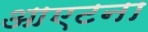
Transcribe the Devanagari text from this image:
आएटना